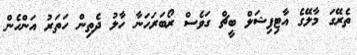
ތެރޭގަ މާލޭގެ އާޓިފިޝަލް ބީޗް ގަވެސް ރޯބަރަހަނާ ހާލު ދެތިން ހަތަރު އަންހެން